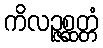
ကိလဉ္ဇစ္ဆတ္တံ